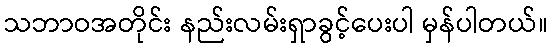
သဘာဝအတိုင်း နည်းလမ်းရှာခွင့်ပေးပါ မှန်ပါတယ်။